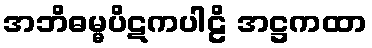
အဘိဓမ္မပိဋကပါဠိ အဋ္ဌကထာ